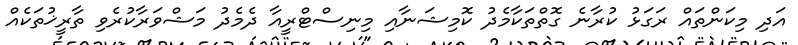
އަދި މިކަންތައް ރަގަޅު ކުރާނެ ގޮތްތަކާމެދު ކޮމިޝަނާއި މިނިސްޓްރީއާ ދެމެދު މަޝްވަރާކުރެވި ތާރީޚުތަކެއް